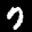
Label: 7